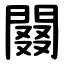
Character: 䦤